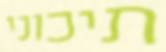
תיכוני